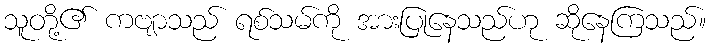
သူတို့၏ ကဗျာသည် ရစ်သမ်ကို အားပြုနေသည်ဟု ဆိုနေကြသည်။